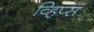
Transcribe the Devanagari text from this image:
व्हिप्स